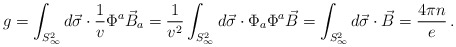
\begin{align*}g = \int_{S^{2}_{\infty}} d\vec{\sigma} \cdot \frac{1}{v} \Phi^{a} \vec{B}_{a} = \frac{1}{v^{2}} \int_{S^{2}_{\infty}} d\vec{\sigma} \cdot \Phi_{a}\Phi^{a} \vec{B} = \int_{S^{2}_{\infty}} d\vec{\sigma}\cdot \vec{B} = \frac{4\pi n}{e} \, .\end{align*}